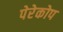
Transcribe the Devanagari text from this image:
पेरेकोप